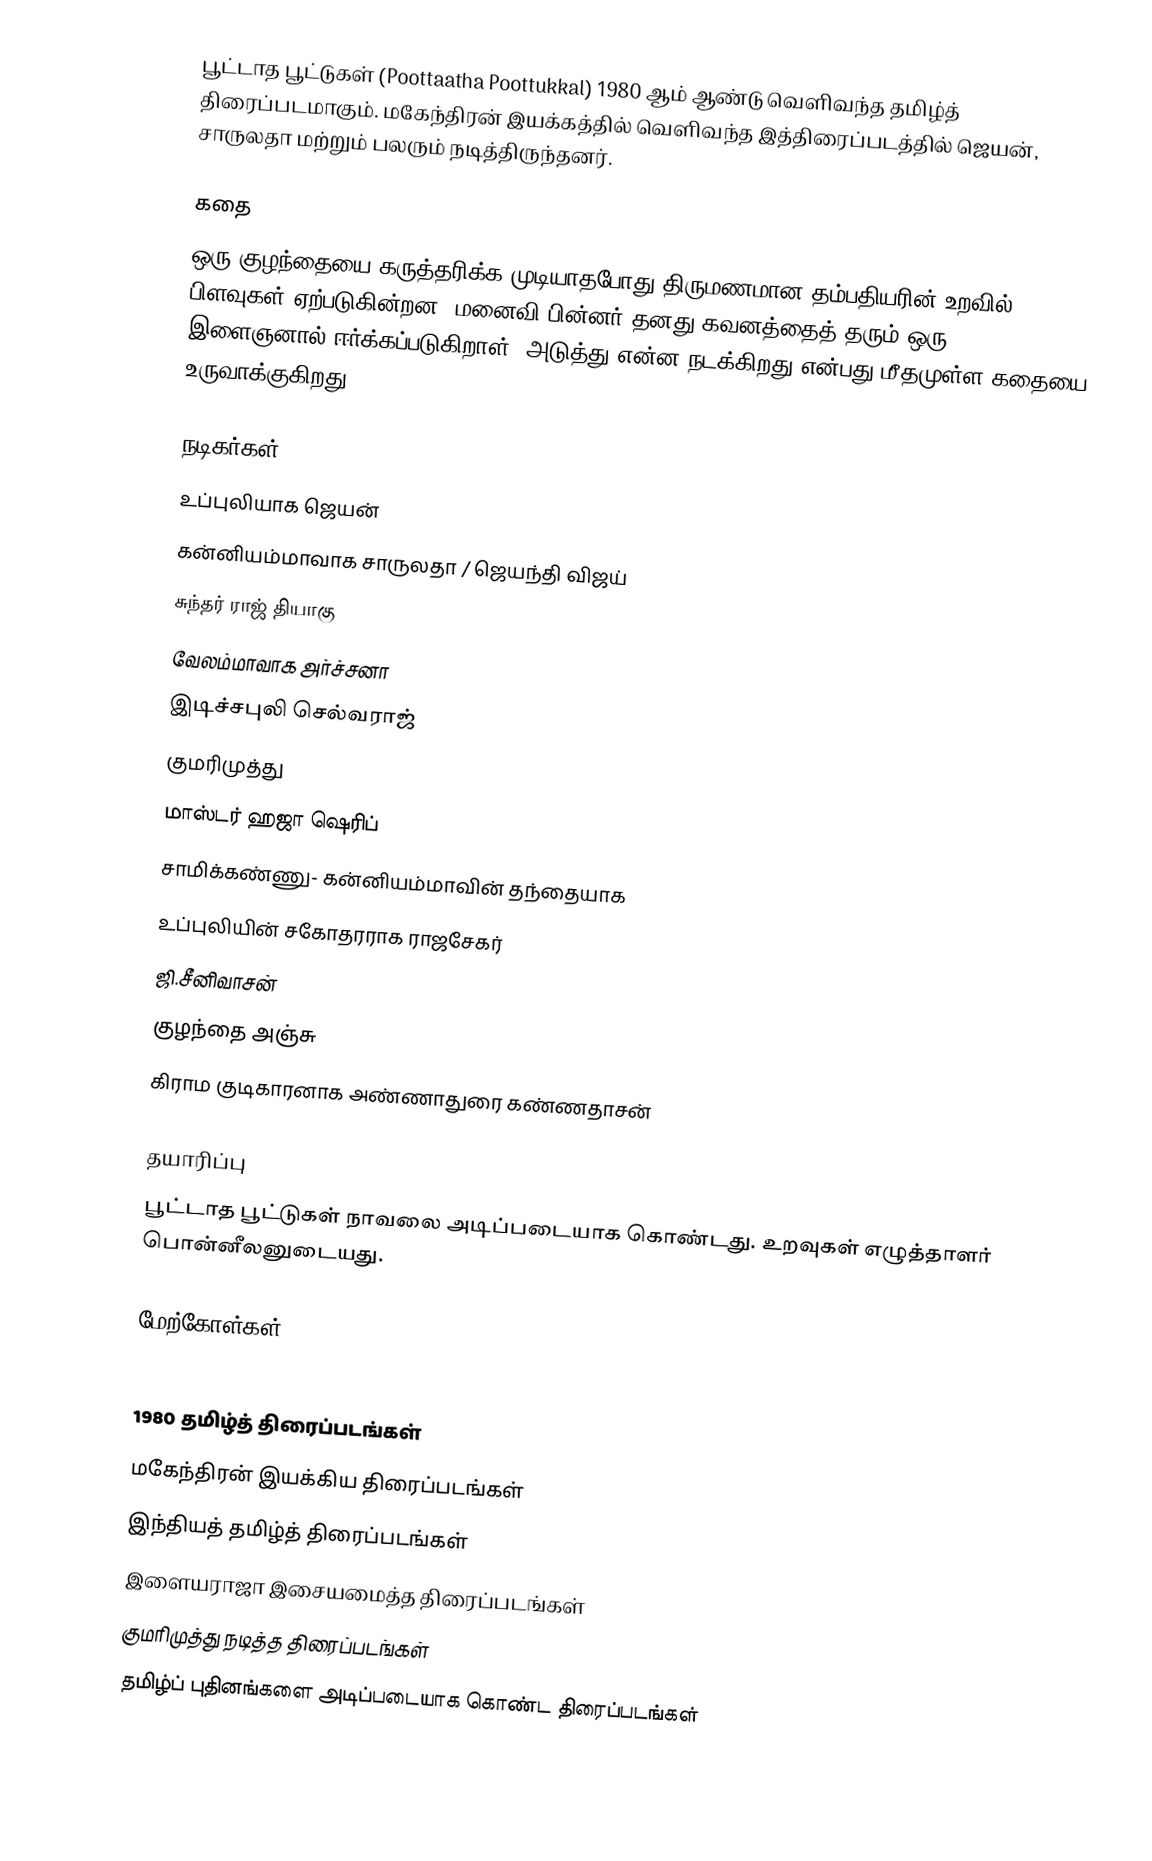
பூட்டாத பூட்டுகள் (Poottaatha Poottukkal) 1980 ஆம் ஆண்டு வெளிவந்த தமிழ்த் திரைப்படமாகும். மகேந்திரன் இயக்கத்தில்  வெளிவந்த  இத்திரைப்படத்தில் ஜெயன், சாருலதா மற்றும் பலரும் நடித்திருந்தனர்.

கதை
ஒரு குழந்தையை கருத்தரிக்க முடியாதபோது திருமணமான தம்பதியரின் உறவில் பிளவுகள் ஏற்படுகின்றன. மனைவி பின்னர் தனது கவனத்தைத் தரும் ஒரு இளைஞனால் ஈர்க்கப்படுகிறாள். அடுத்து என்ன நடக்கிறது என்பது மீதமுள்ள கதையை உருவாக்குகிறது.

நடிகர்கள்
 உப்புலியாக ஜெயன்
 கன்னியம்மாவாக சாருலதா / ஜெயந்தி விஜய்
 சுந்தர் ராஜ் தியாகு
 வேலம்மாவாக அர்ச்சனா
 இடிச்சபுலி செல்வராஜ்
 குமரிமுத்து
 மாஸ்டர் ஹஜா ஷெரிப்
 சாமிக்கண்ணு- கன்னியம்மாவின் தந்தையாக
 உப்புலியின் சகோதரராக ராஜசேகர்
 ஜி.சீனிவாசன்
 குழந்தை அஞ்சு
 கிராம குடிகாரனாக அண்ணாதுரை கண்ணதாசன்

தயாரிப்பு
பூட்டாத பூட்டுகள் நாவலை அடிப்படையாக கொண்டது. உறவுகள் எழுத்தாளர் பொன்னீலனுடையது.

மேற்கோள்கள்

1980 தமிழ்த் திரைப்படங்கள்
மகேந்திரன் இயக்கிய திரைப்படங்கள்
இந்தியத் தமிழ்த் திரைப்படங்கள்
இளையராஜா இசையமைத்த திரைப்படங்கள்
குமரிமுத்து நடித்த திரைப்படங்கள்
தமிழ்ப் புதினங்களை அடிப்படையாக கொண்ட திரைப்படங்கள்